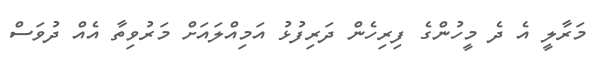
މަރާލީ އެ ދެ މީހުންގެ ފިރިހެން ދަރިފުޅު އަމިއްލައަށް މަރުވިތާ އެއް ދުވަސް